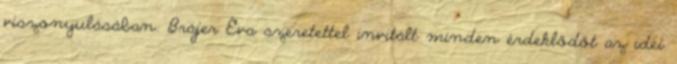
viszonyulásában. Brájer Éva szeretettel invitált minden érdeklődőt az idei